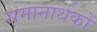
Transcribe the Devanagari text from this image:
समानार्थकों